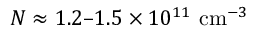
N \approx 1 . 2 – 1 . 5 \times 1 0 ^ { 1 1 } ~ \mathrm { c m } ^ { - 3 }